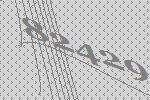
82429